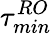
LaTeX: \tau_{min}^{RO}